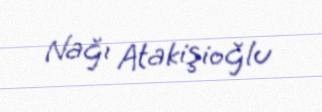
Nağı Atakişioğlu